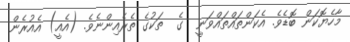
މާހެޔޮކަން ބޮޑެވެ. އެކަންތައްތައްވަނީ  ގެ  ތަކުގެ ތެރެއިންނެވެ. (އެއީ) އެއުރެން